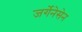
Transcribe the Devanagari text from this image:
जर्गेनेसेन